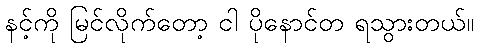
နင့်ကို မြင်လိုက်တော့ ငါ ပိုနောင်တ ရသွားတယ်။